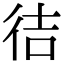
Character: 㣟